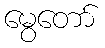
မွေတော်